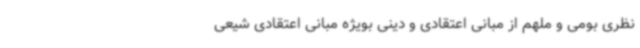
نظری بومی و ملهم از مبانی اعتقادی و دینی بویژه مبانی اعتقادی شیعی